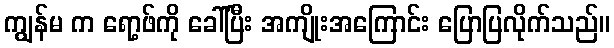
ကျွန်မ က ရော့ဖ်ကို ခေါ်ပြီး အကျိုးအကြောင်း ပြောပြလိုက်သည်။